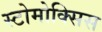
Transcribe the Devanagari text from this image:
स्टोमोक्सिस